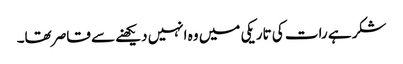
شکر ہے رات کی تاریکی میں وہ انہیں دیکھنے سے قاصر تھا۔